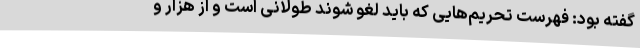
گفته بود: فهرست تحریم‌هایی که باید لغو شوند طولانی است و از هزار و